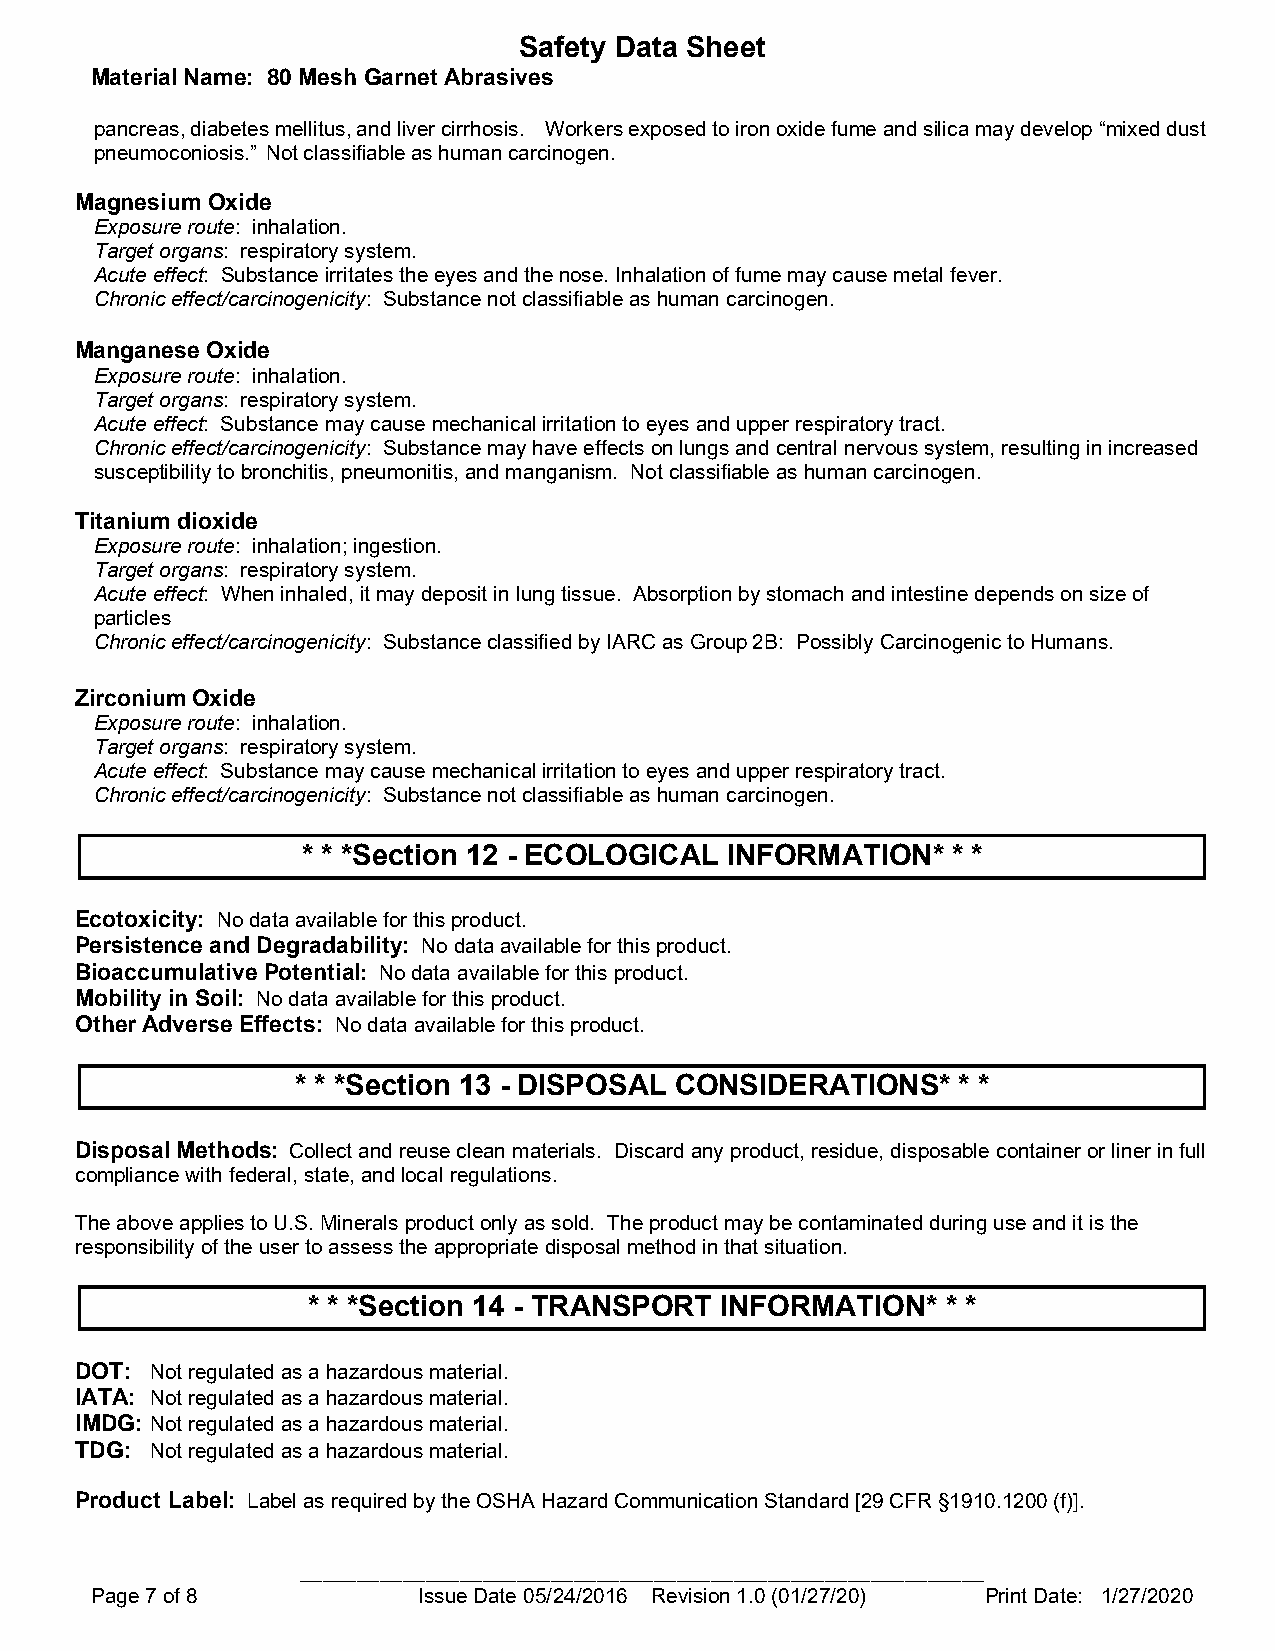
Safety Data Sheet
 Material Name: 80 Mesh Garnet Abrasives
 pancreas, diabetes mellitus, and liver cirrhosis. Workers exposed to iron oxide fume and silica may develop “mixed dust
 pneumoconiosis.” Not classifiable as human carcinogen.
 Magnesium Oxide
 Exposure route: inhalation.
 Target organs: respiratory system.
 Acute effect: Substance irritates the eyes and the nose. Inhalation of fume may cause metal fever.
 Chronic effect/carcinogenicity: Substance not classifiable as human carcinogen.
 Manganese Oxide
 Exposure route: inhalation.
 Target organs: respiratory system.
 Acute effect: Substance may cause mechanical irritation to eyes and upper respiratory tract.
 Chronic effect/carcinogenicity: Substance may have effects on lungs and central nervous system, resulting in increased
 susceptibility to bronchitis, pneumonitis, and manganism. Not classifiable as human carcinogen.
 Titanium dioxide
 Exposure route: inhalation; ingestion.
 Target organs: respiratory system.
 Acute effect: When inhaled, it may deposit in lung tissue. Absorption by stomach and intestine depends on size of
 particles
 Chronic effect/carcinogenicity: Substance classified by IARC as Group 2B: Possibly Carcinogenic to Humans.
 Zirconium Oxide
 Exposure route: inhalation.
 Target organs: respiratory system.
 Acute effect: Substance may cause mechanical irritation to eyes and upper respiratory tract.
 Chronic effect/carcinogenicity: Substance not classifiable as human carcinogen.
 * * *Section 12 - ECOLOGICAL INFORMATION*  * *
 Ecotoxicity: No data available for this product.
 Persistence and Degradability: No data available for this product.
 Bioaccumulative Potential: No data available for this product.
 Mobility in Soil: No data available for this product.
 Other Adverse Effects: No data available for this product.
 * * *Section 13 - DISPOSAL CONSIDERATIONS* * *
 Disposal Methods: Collect and reuse clean materials. Discard any product, residue, disposable container or liner in full
 compliance with federal, state, and local regulations.
 The above applies to U.S. Minerals product only as sold. The product may be contaminated during use and it is the
 responsibility of the user to assess the appropriate disposal method in that situation.
 * * *Section 14 - TRANSPORT INFORMATION*   * *
 DOT: Not regulated as a hazardous material.
 IATA: Not regulated as a hazardous material.
 IMDG: Not regulated as a hazardous material.
 TDG: Not regulated as a hazardous material.
 Product Label: Label as required by the OSHA Hazard Communication Standard [29 CFR §1910.1200 (f)].
 ____________________________________________________________
 Page 7 of 8           Issue Date 05/24/2016 Revision 1.0 (01/27/20) Print Date: 1/27/2020